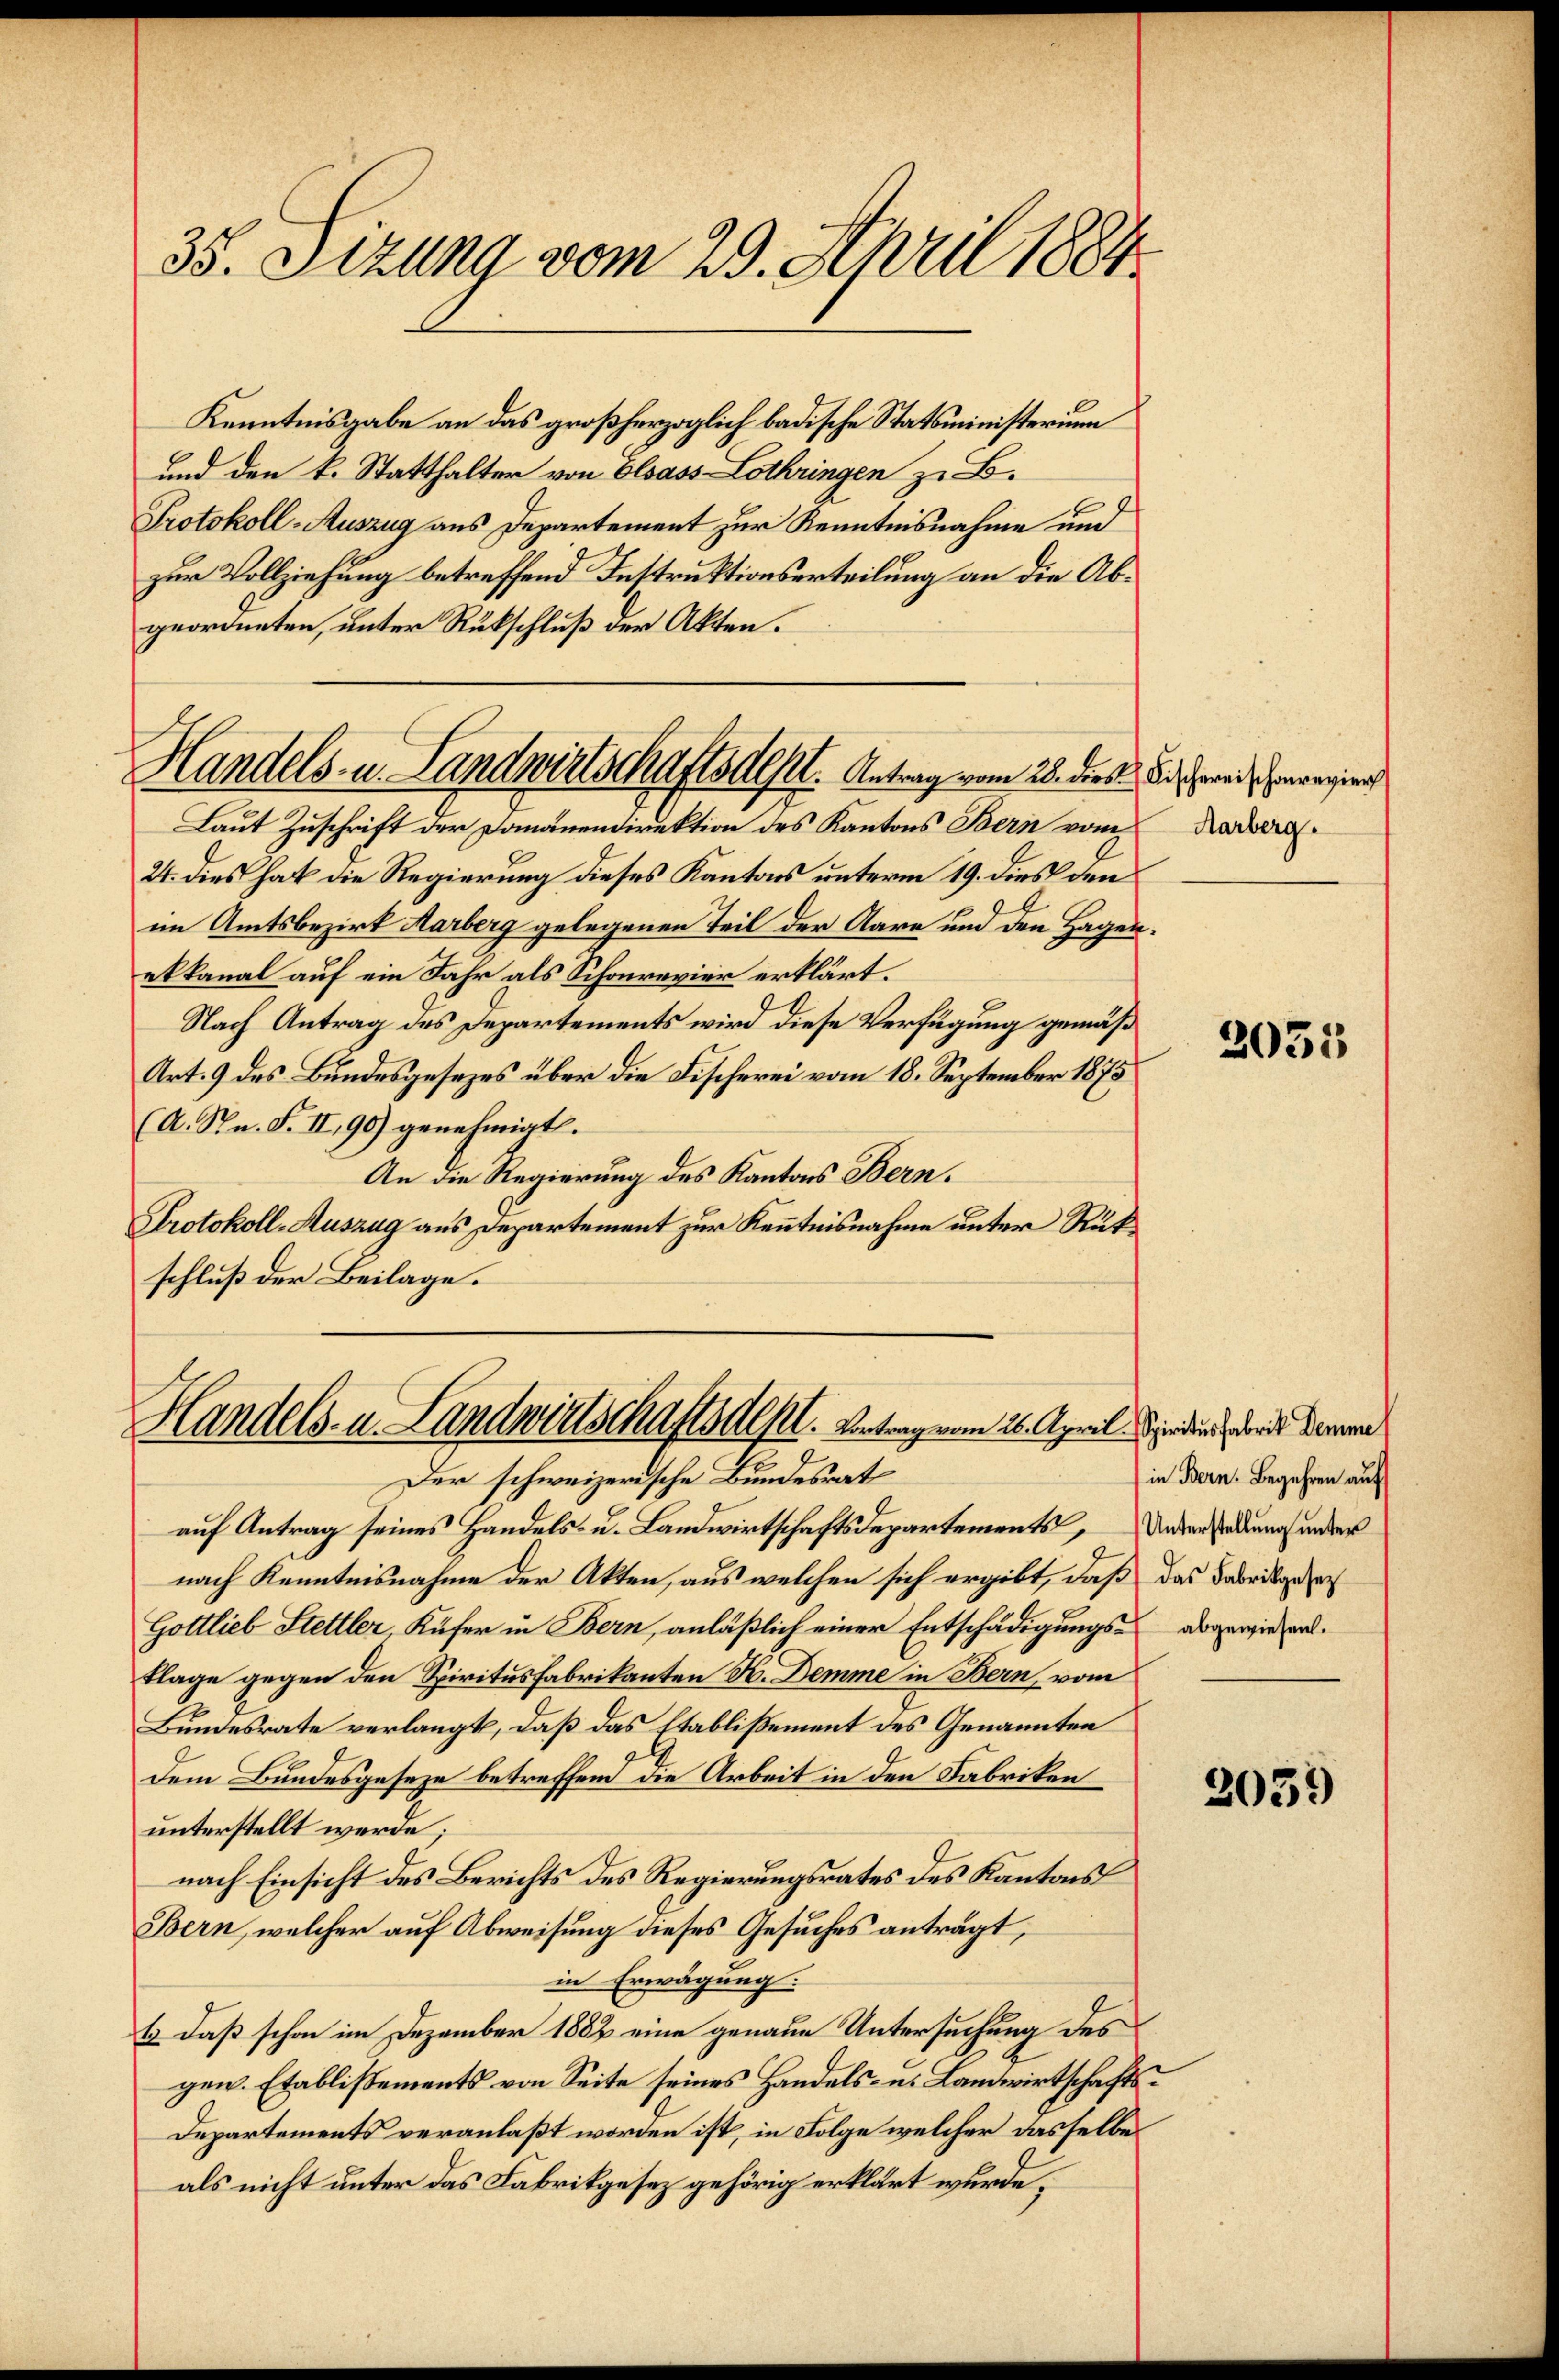
35. Sizung vom 23. April 1884

Kenntnisgabe an das großherzoglich badische Statsministerium
und den k. Statthalter von Elsass-Lothringen z. B.
Protokoll-Auszug aus Departement zur Kenntnisnahme und
zur Vollziehung betreffend Instruktionserteilung an die Abgeordneten, unter Rückschluß der Akten.

Handels- u. Landwirtschaftsdest. Antrag vom 28. dies die weis unregier

Laut Zuschrift der Domänendirektion des Kantons Bern vom
24. dies hat die Regierung dieses Kantons unterm 19. dies den
im Amtsbezirk Aarberg gelegenen Teil der Aare und den Hagen.
ekkanal auf ein Jahr als Schonrevier erklärt.
Nach Antrag des Departements wird diese Verfügung gemäß
Art. 9 des Bundesgesezes über die Fischerei vom 18. September 1875
(A. Sn. F. II, 96) genehmigt.
An die Regierung des Kantons Bern.
Protokoll-Auszug aus Departement zur Kenntnisnahme unter Rükschluß der Beilage.

Handels- u. Landwirtschaftsdest. Antrag vom 26. April Kinder, der daran

Aarberg.

Der schweizerische Bundesrat
auf Antrag seines Handels- u. Landwirtschaftsdepartements, Unterladung ander
nach Kenntnisnahme der Akten, aus welchen sich ergibt, daß das Fabrikgese
Gottlieb Stettler, Küfer in Bern, anläßlich einer Entschädigungs- abgewiesen.
tlage gegen den Spiritus Fabrikanten H. Demme in Bern, vom
Bundesrate verlangt, daß das Etablissement des Genannten
dem Bundesgeseze betreffend die Arbeit in den Fabriken
unterstellt werde;
nach Einsicht des Berichts des Regierungsrates des Kantons
Bern, welcher auf Abweisung dieses Gesuches antragt,
in Erwägung.
Es daß schon im Dezember 1882 eine genaue Untersuchung des
gen. Etablissements von Seite seines Handels- u. Landwirtschafts¬
Departements veranlaßt worden ist, in Folge welcher dasselbe
als nicht unter das Fabrikgesez gehörig erklärt wurde,

2035

in Bern. Begehren auf

2059